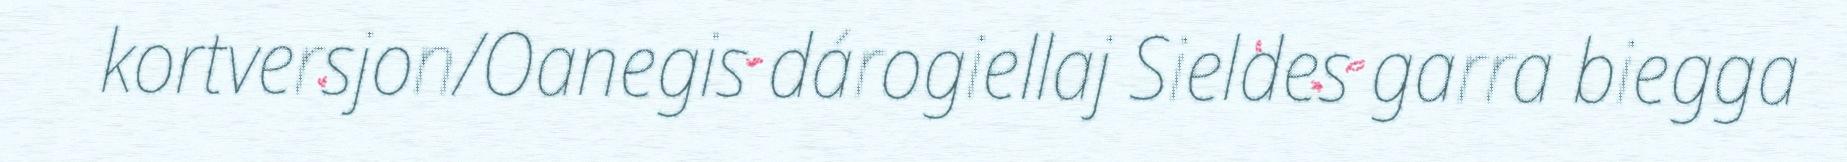
kortversjon/Oanegis dárogiellaj Sieldes garra biegga